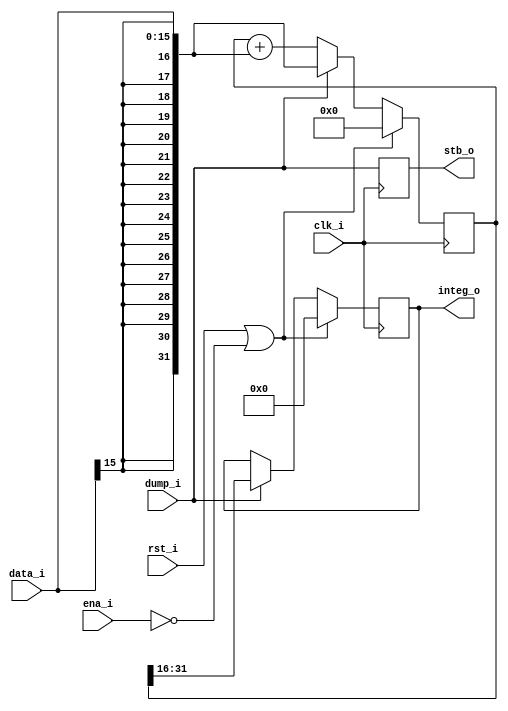
//
// Copyright 2011 Ettus Research LLC
//
// This program is free software: you can redistribute it and/or modify
// it under the terms of the GNU General Public License as published by
// the Free Software Foundation, either version 3 of the License, or
// (at your option) any later version.
//
// This program is distributed in the hope that it will be useful,
// but WITHOUT ANY WARRANTY; without even the implied warranty of
// MERCHANTABILITY or FITNESS FOR A PARTICULAR PURPOSE.  See the
// GNU General Public License for more details.
//
// You should have received a copy of the GNU General Public License
// along with this program.  If not, see <http://www.gnu.org/licenses/>.
//

module integrate
  #(parameter INPUTW = 16,
    parameter ACCUMW = 32,
    parameter OUTPUTW = 16)

   (input clk_i,
    input rst_i,
    input ena_i,

    input dump_i,
    input [INPUTW-1:0] data_i,

    output reg stb_o,
    output reg [OUTPUTW-1:0] integ_o
   );
   
   wire [ACCUMW-1:0] data_ext = {{ACCUMW-INPUTW{data_i[INPUTW-1]}},data_i};
   reg  [ACCUMW-1:0] accum;

   always @(posedge clk_i)
     if (rst_i | ~ena_i)
       begin
	  accum <= 0;
	  integ_o <= 0;
       end
     else
       if (dump_i)
	 begin
	    integ_o <= accum[ACCUMW-1:ACCUMW-OUTPUTW];
	    accum <= data_ext;
	 end
       else
	 accum <= accum + data_ext;

   always @(posedge clk_i)
     stb_o <= dump_i;
   
endmodule // integrate